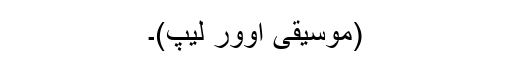
(موسیقی اوور لیپ)۔